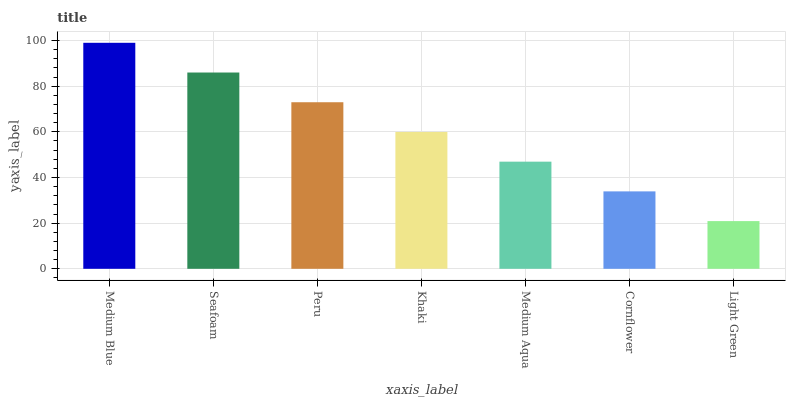
| xaxis_label | bars |
 | --- | --- |
 | Medium Blue | 99 |
 | Seafoam | 86 |
 | Peru | 73 |
 | Khaki | 60 |
 | Medium Aqua | 46.9 |
 | Cornflower | 33.9 |
 | Light Green | 20.9 |